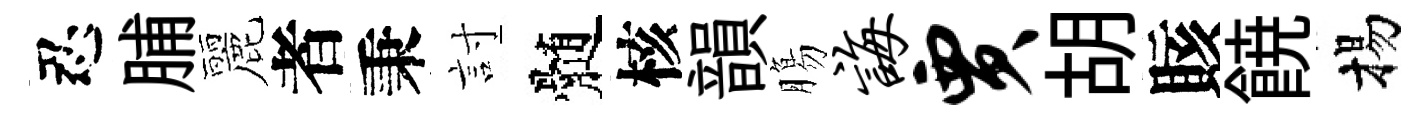
忍脯麗者秉討髄核韻膓诲贾胡賅𩜙揚